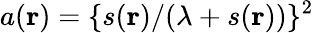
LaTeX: a(\mathbf{r})=\{ s(\mathbf{r})/(\lambda+s(\mathbf{r}))\} ^{2}